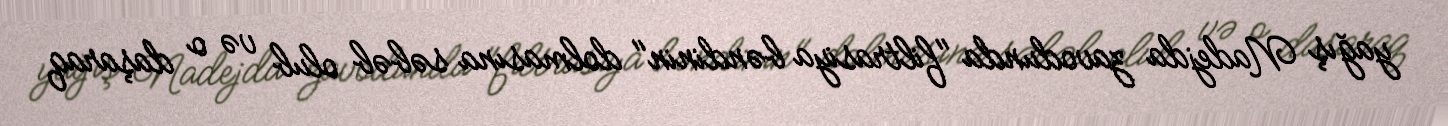
yağış Nadejda zavodunda "filtrasiya bəndinin" dolmasına səbəb olub və o daşaraq